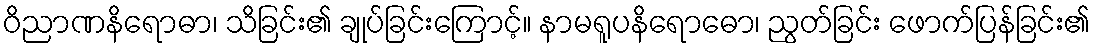
ဝိညာဏနိရောဓာ၊ သိခြင်း၏ ချုပ်ခြင်းကြောင့်။ နာမရူပနိရောဓော၊ ညွတ်ခြင်း ဖောက်ပြန်ခြင်း၏